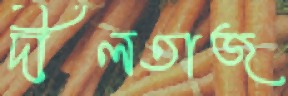
দীলতাজ